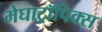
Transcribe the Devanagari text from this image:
मेघाट्रॉपिक्स